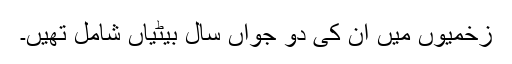
زخمیوں میں ان کی دو جواں سال بیٹیاں شامل تھیں۔